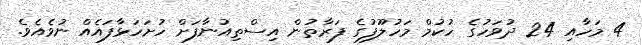
4 މަހާއި 24 ދުވަހުގެ ހުކުމް މަހުލޫފުގެ ފަރާތުން އިސްތިއުނާފަށް ހުށަހަޅާފައެއް ނުވެއެވެ.